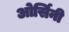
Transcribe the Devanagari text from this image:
ओर्सिनी